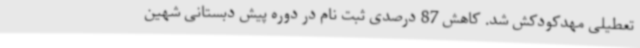
تعطیلی مهدکودکش شد. کاهش 87 درصدی ثبت نام در دوره پیش دبستانی شهین